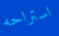
استراحه